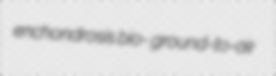
enchondrosis bio- ground-to-air